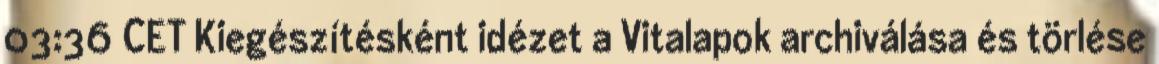
03:36 CET Kiegészítésként idézet a Vitalapok archiválása és törlése